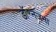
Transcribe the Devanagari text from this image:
डॉ॰नजमा